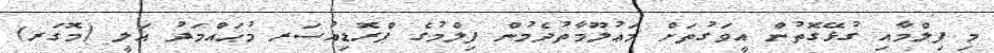
މި ފިލްމާއި ގުޅޭގޮތުން އީވަގުތަށް މަޢުލޫމާތުދެމުން ފިލްމުގެ ޕްރޮޑިއުސަރ މުޙައްމަދު އަލީ (މޮގަރ)